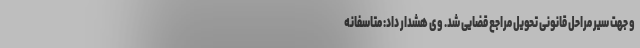
و جهت سیر مراحل قانونی تحویل مراجع قضایی شد. وی هشدار داد: متاسفانه